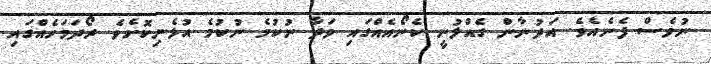
ނުވެސް ފެނެއެވެ. އަދުނާން ގެއްލުނީ ކެނޯއެއްގައި ވަދާ ނުކުމެ ނުކުމެ އުޅެނިކޮށެވެ. ރޯދަމަހެއްގައި